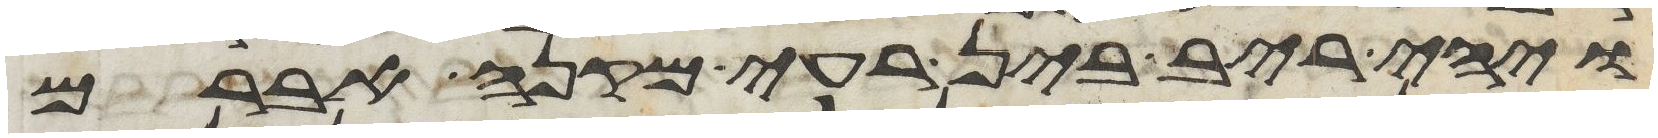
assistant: ויהי ריב בין רעי מקנה אברם